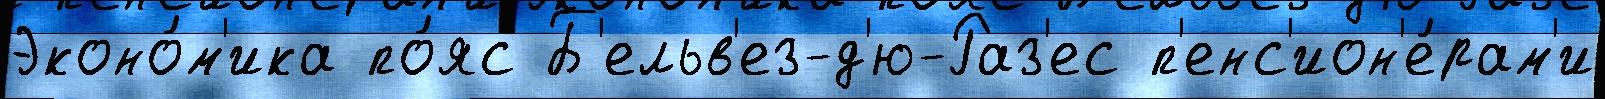
Эконо́м'ика по́яс Б'ельв'ез-д'ю-Раз'ес п'енс'ион'е́рам'и